65_HS1-834228961_62-HQ-83894_Section_3
Agency: FBI
Page 106
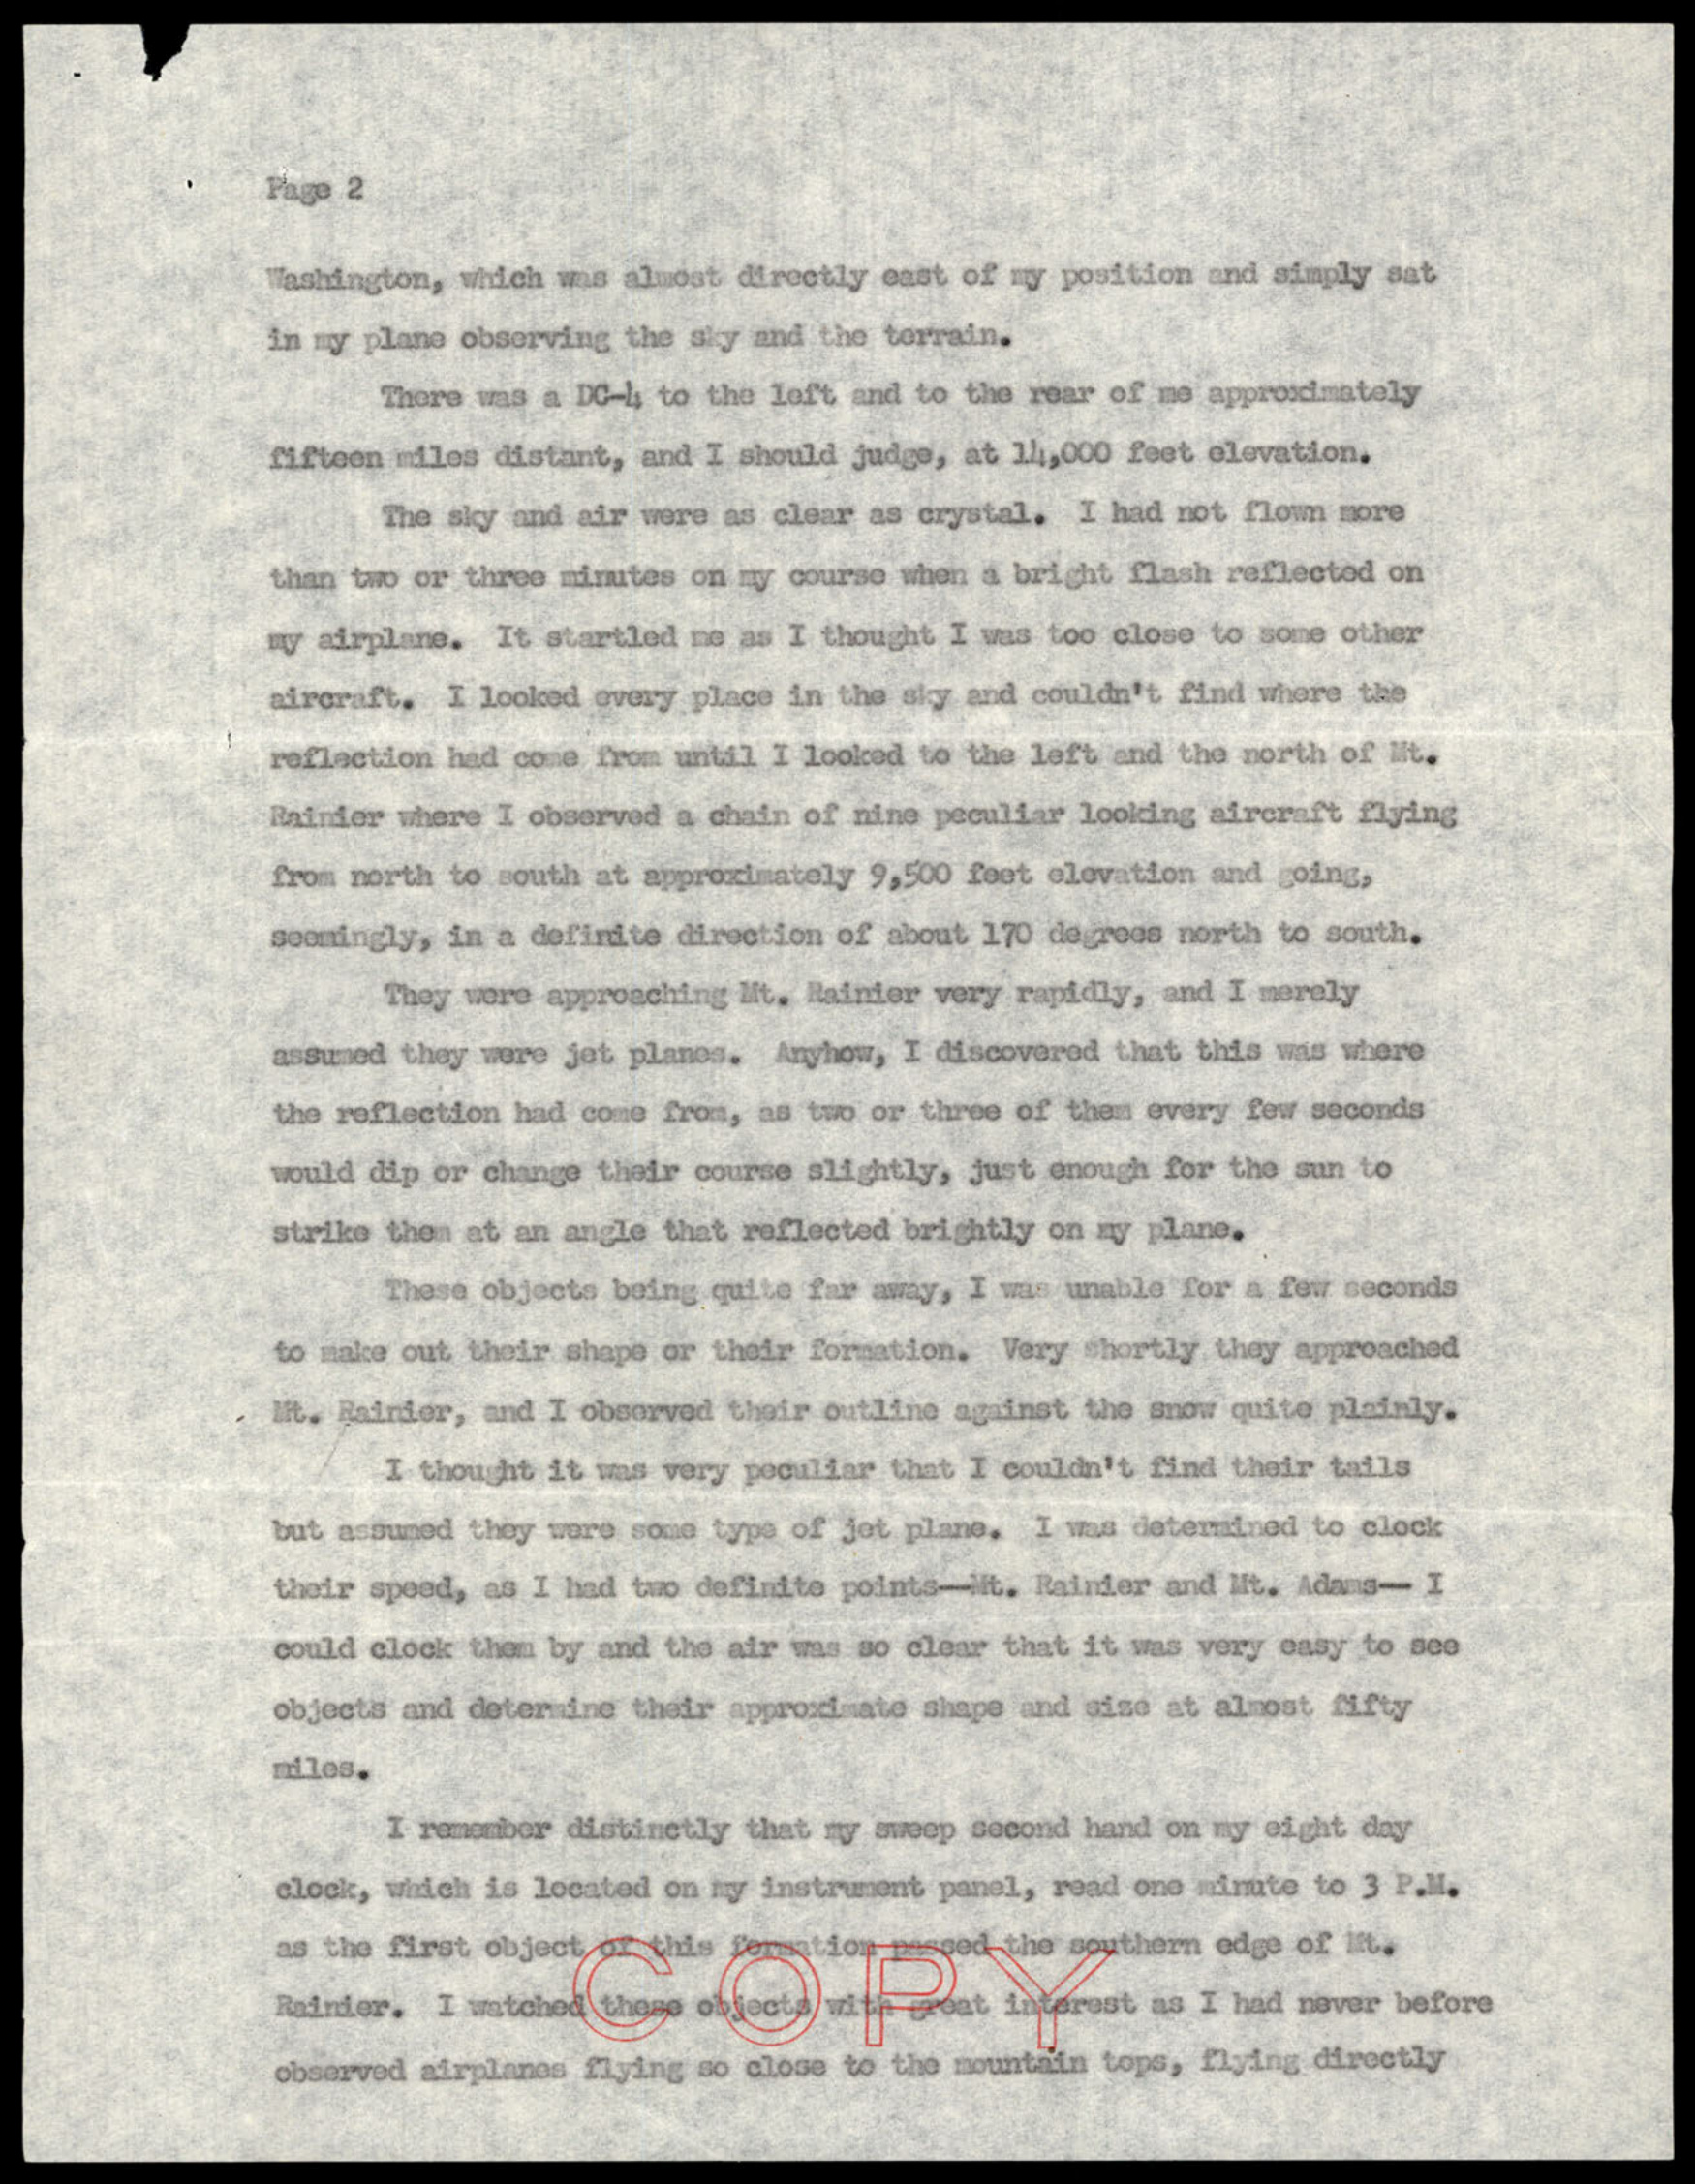